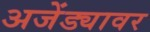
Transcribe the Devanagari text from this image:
अजेंड्यावर